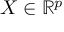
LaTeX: X \in \mathbb { R } ^ { p }